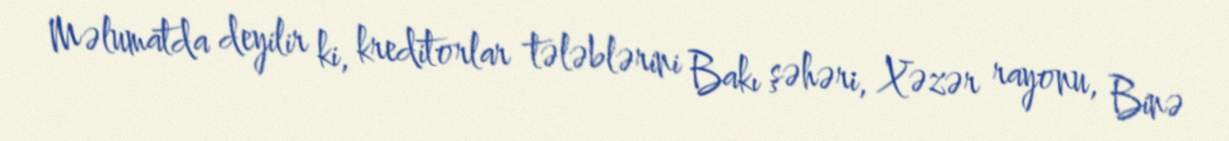
Məlumatda deyilir ki, kreditorlar tələblərini Bakı şəhəri, Xəzər rayonu, Binə